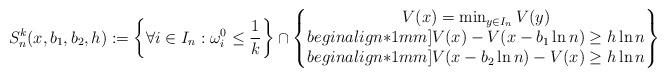
LaTeX: \begin{align*}S_n^k(x,b_1,b_2,h):=\left\{\forall i\in I_n:\omega_i^0\leq\frac{1}{k} \right\}\cap\left\{\begin{matrix}V(x)=\min_{y\in I_n}V(y)\\begin{align*}1mm]V(x)-V(x-b_1\ln n)\geq h\ln n\\begin{align*}1mm]V(x-b_2\ln n)-V(x)\geq h\ln n\\\end{matrix}\right\}\end{align*}